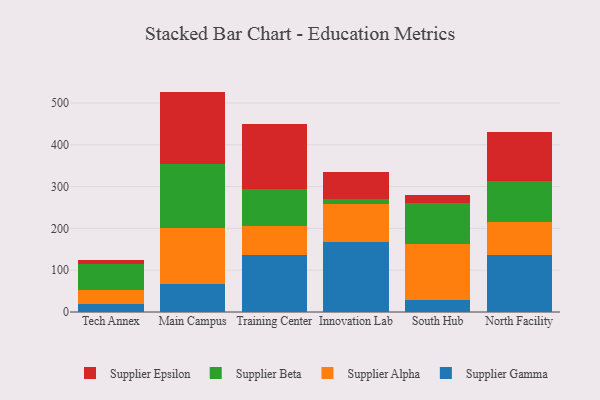
{"axis": {"x": "Campus", "y": "Demand Index"}, "legend": ["Supplier Alpha", "Supplier Beta", "Supplier Epsilon", "Supplier Gamma"], "data": [{"x": "Tech Annex", "y": 20.1, "type": "Supplier Gamma"}, {"x": "Tech Annex", "y": 32.2, "type": "Supplier Alpha"}, {"x": "Tech Annex", "y": 62.6, "type": "Supplier Beta"}, {"x": "Tech Annex", "y": 8.4, "type": "Supplier Epsilon"}, {"x": "Main Campus", "y": 67.1, "type": "Supplier Gamma"}, {"x": "Main Campus", "y": 134.6, "type": "Supplier Alpha"}, {"x": "Main Campus", "y": 152.4, "type": "Supplier Beta"}, {"x": "Main Campus", "y": 173.2, "type": "Supplier Epsilon"}, {"x": "Training Center", "y": 137.1, "type": "Supplier Gamma"}, {"x": "Training Center", "y": 69.4, "type": "Supplier Alpha"}, {"x": "Training Center", "y": 88.2, "type": "Supplier Beta"}, {"x": "Training Center", "y": 156.1, "type": "Supplier Epsilon"}, {"x": "Innovation Lab", "y": 168.3, "type": "Supplier Gamma"}, {"x": "Innovation Lab", "y": 90.6, "type": "Supplier Alpha"}, {"x": "Innovation Lab", "y": 10.8, "type": "Supplier Beta"}, {"x": "Innovation Lab", "y": 64.1, "type": "Supplier Epsilon"}, {"x": "South Hub", "y": 28.3, "type": "Supplier Gamma"}, {"x": "South Hub", "y": 134.5, "type": "Supplier Alpha"}, {"x": "South Hub", "y": 97.7, "type": "Supplier Beta"}, {"x": "South Hub", "y": 19.8, "type": "Supplier Epsilon"}, {"x": "North Facility", "y": 137.2, "type": "Supplier Gamma"}, {"x": "North Facility", "y": 78.0, "type": "Supplier Alpha"}, {"x": "North Facility", "y": 98.0, "type": "Supplier Beta"}, {"x": "North Facility", "y": 118.1, "type": "Supplier Epsilon"}]}